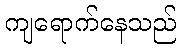
ကျရောက်နေသည်